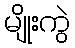
မျိုးကွဲ